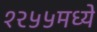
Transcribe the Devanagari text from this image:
१२५५मध्ये